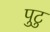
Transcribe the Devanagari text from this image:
पुटु